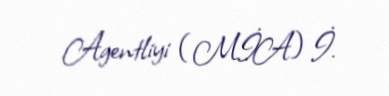
Agentliyi (MİA) İ.